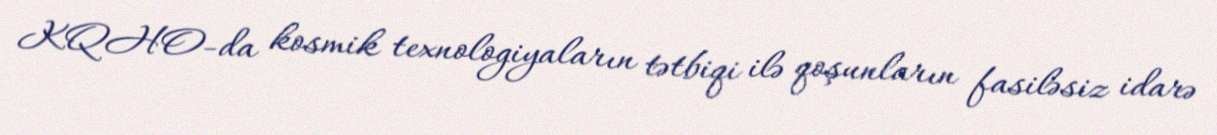
KQHO-da kosmik texnologiyaların tətbiqi ilə qoşunların fasiləsiz idarə